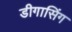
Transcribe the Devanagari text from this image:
डीगासिंग